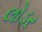
લોડર